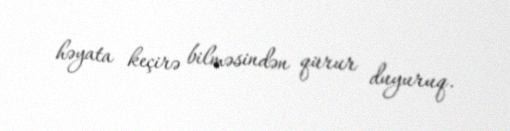
həyata keçirə bilməsindən qürur duyuruq.